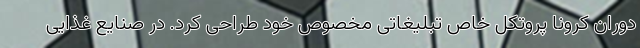
دوران کرونا پروتکل خاص تبلیغاتی مخصوص خود طراحی کرد. در صنایع غذایی